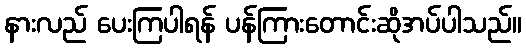
နားလည် ပေးကြပါရန် ပန်ကြားတောင်းဆိုအပ်ပါသည်။